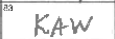
Transcription: KAW